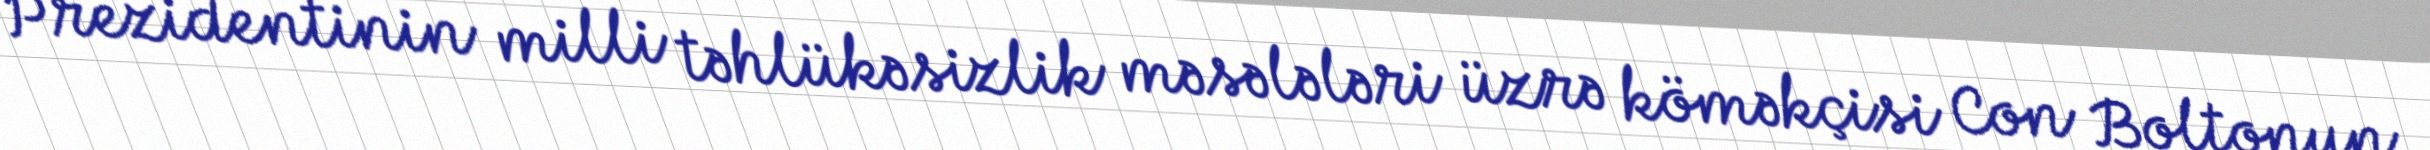
Prezidentinin milli təhlükəsizlik məsələləri üzrə köməkçisi Con Boltonun